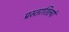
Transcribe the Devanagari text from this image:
प्रस्तरशिल्पों